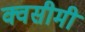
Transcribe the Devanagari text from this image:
क्वसीमी